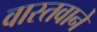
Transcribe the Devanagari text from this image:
वास्तवाने